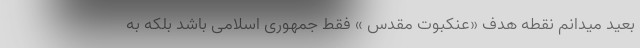
بعید میدانم نقطه هدف «عنکبوت مقدس » فقط جمهوری اسلامی باشد بلکه به